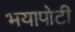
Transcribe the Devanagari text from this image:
भयापोटी